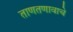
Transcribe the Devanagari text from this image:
ताणतणावाचे